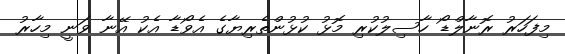
މިފަހަރު ރޮނާލްޑޯ ހާސިލުކުރި މޮޅު ކުޅުންތެރިޔާގެ އެވޯޑާ އެކު އޭނާ ވަނީ މިހާރު